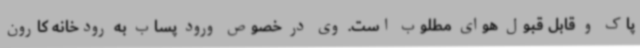
پاک و قابل قبول هوای مطلوب است. وی در خصوص ورود پساب به رودخانه کارون